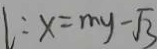
l : x = m y - \sqrt { 3 }